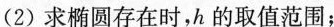
(2)求椭圆存在时，h的取值范围；